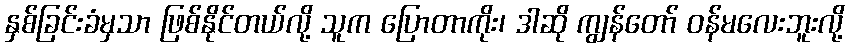
နှစ်ခြင်းခံမှသာ ဖြစ်နိုင်တယ်လို့ သူက ပြောတာကိုး၊ ဒါဆို ကျွန်တော် ဝန်မလေးဘူးလို့